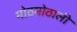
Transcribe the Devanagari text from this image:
मोठमोठाली